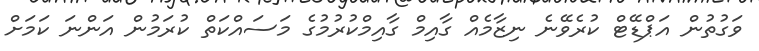
ވަގުތުން އަޕްޑޭޓް ކުރެވޭނެ ނިޒާމެއް ގާއިމް ގާއިމްކުރުމުގެ މަސައްކަތް ކުރަމުން އަންނަ ކަމަށް